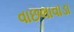
વાછલાવાડા